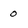
Character: 0